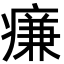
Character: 㾾